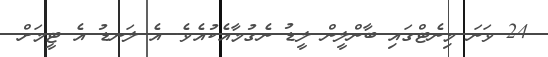
24 ވަނަ މިނެޓްގައި ބާންލީން ލީޑު ނެގުމާއެކުއެވެ. އެ ލަނޑު އެ ޓީމަށް